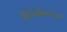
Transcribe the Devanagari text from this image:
रेजिमेन्टच्या